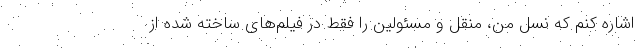
اشاره کنم که نسل من، منقل و مسئولین را فقط در فیلم‌های ساخته شده از